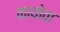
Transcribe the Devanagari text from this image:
कायोवा